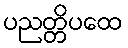
ပညတ္တိပထေ